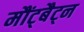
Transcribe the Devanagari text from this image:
मौंट्बैट्न